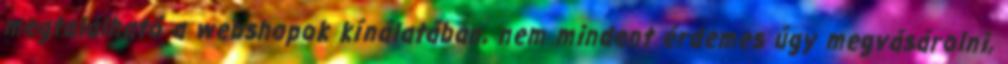
megtalálható a webshopok kínálatában, nem mindent érdemes úgy megvásárolni,